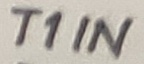
Text: T1IN